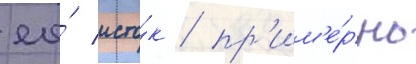
ео́ исто́к / пр'им'е́рно